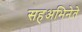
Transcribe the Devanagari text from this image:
सहअभिनेते